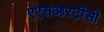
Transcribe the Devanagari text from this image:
एएसआरटीसी